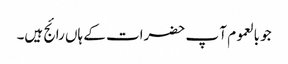
جو بالعموم آ پ حضرات کے ہاں رائج ہیں۔